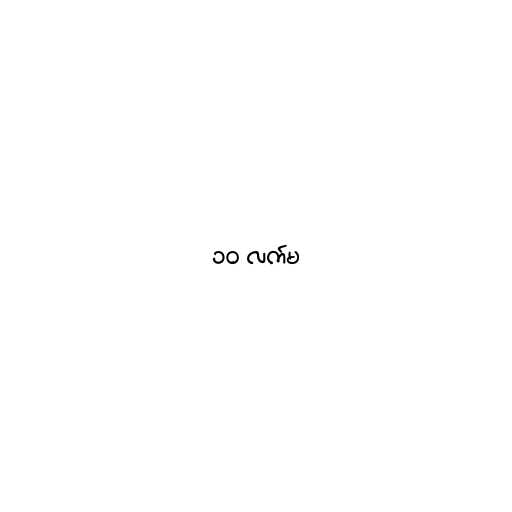
၁၀ လက်မ